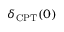
\delta _ { \mathrm { C P T } } ( 0 )